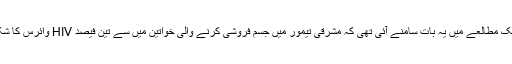
سن دوہزار چار میں ہیلتھ انٹرنیشنل نامی تنظیم کی طرف سے کرائے گئے ایک مطالعے میں یہ بات سامنے آئی تھی کہ مشرقی تیمور میں جسم فروشی کرنے والی خواتین میں سے تین فیصد HIV وائرس کا شکار ہو چکی تھیں اور ان سے جنسی روابط رکھنے والے ایک فیصد مرد بھی۔